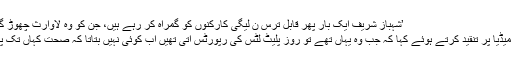
’شہباز شریف ایک بار پھر قابل ترس ن لیگی کارکنوں کو گمراہ کر رہے ہیں، جن کو وہ لاوارث چھوڑ گئے تھے‘
انہوں نے میڈیا پر تنقید کرتے ہوئے کہا کہ جب وہ یہاں تھے تو روز پلیٹ لٹس کی رپورٹس آتی تھیں اب کوئی نہیں بتاتا کہ صحت کہاں تک پہنچی ہے۔